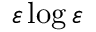
\varepsilon \log \varepsilon